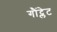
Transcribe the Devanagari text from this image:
गौंट्लेट